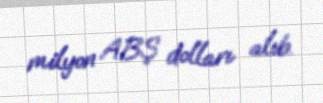
milyon ABŞ dolları alıb.